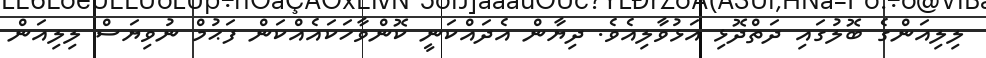
ލިލިއަންގެ ބޮލުގައި ދަތްދޮޅި އަޅުވާލިއެވެ. ދިޔާން އެދައްކަނީ ކޮންވާހަކައެއްކަން ފަޙުމް ނުވިޔަސް ލިލިއަން